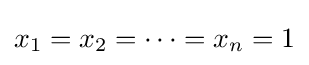
x_{1}=x_{2}=\cdots =x_{n}=1